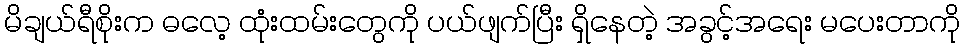
မိချယ်ရီစိုးက ဓလေ့ ထုံးထမ်းတွေကို ပယ်ဖျက်ပြီး ရှိနေတဲ့ အခွင့်အရေး မပေးတာကို